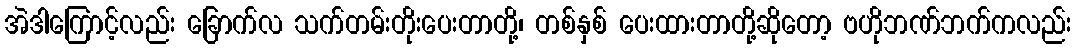
အဲဒါကြောင့်လည်း ခြောက်လ သက်တမ်းတိုးပေးတာတို့၊ တစ်နှစ် ပေးထားတာတို့ဆိုတော့ ဗဟိုဘဏ်ဘက်ကလည်း